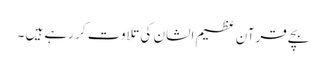
بچے قرآن عظیم الشان کی تلاوت کر رہے ہیں ۔